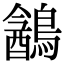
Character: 䳺